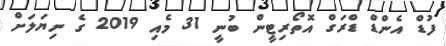
ފުޑް އެންޑް ޑްރަގް އޮތޯރިޓީން ބުނީ 31 މެއި 2019 ގެ ނިޔަލަށް